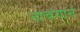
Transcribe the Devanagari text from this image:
नाचगान